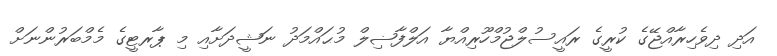
އަދި ދިވެހިރާއްޖޭގެ ކުރީގެ ރައީސުލްޖުމްހޫރިއްޔާ އަލްފާޟިލް މުޙައްމަދު ނަޝީދަށާއި މި ޕާރޓީގެ މެމްބަރުންނަށް